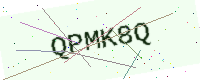
Text: QPMK8Q